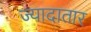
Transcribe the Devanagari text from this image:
ज्‍यादातार